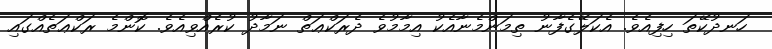
ހަނދުކޭތަ ހިފިއެވެ. އެކަލޭގެފާނު ތިމަންމެނާއެކު އިމާމުވެ ދެރަކްޢަތް ނަމާދު ކުރެއްވިއެވެ. ކޮންމެ ރަކްޢަތެއްގައި